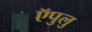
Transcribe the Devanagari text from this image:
ऍपुलु